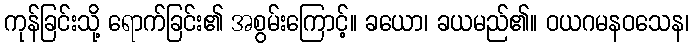
ကုန်ခြင်းသို့ ရောက်ခြင်း၏ အစွမ်းကြောင့်။ ခယော၊ ခယမည်၏။ ဝယဂမနဝသေန၊